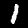
Label: 1